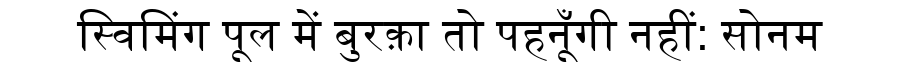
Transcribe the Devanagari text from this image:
स्विमिंग पूल में बुरक़ा तो पहनूँगी नहीं: सोनम